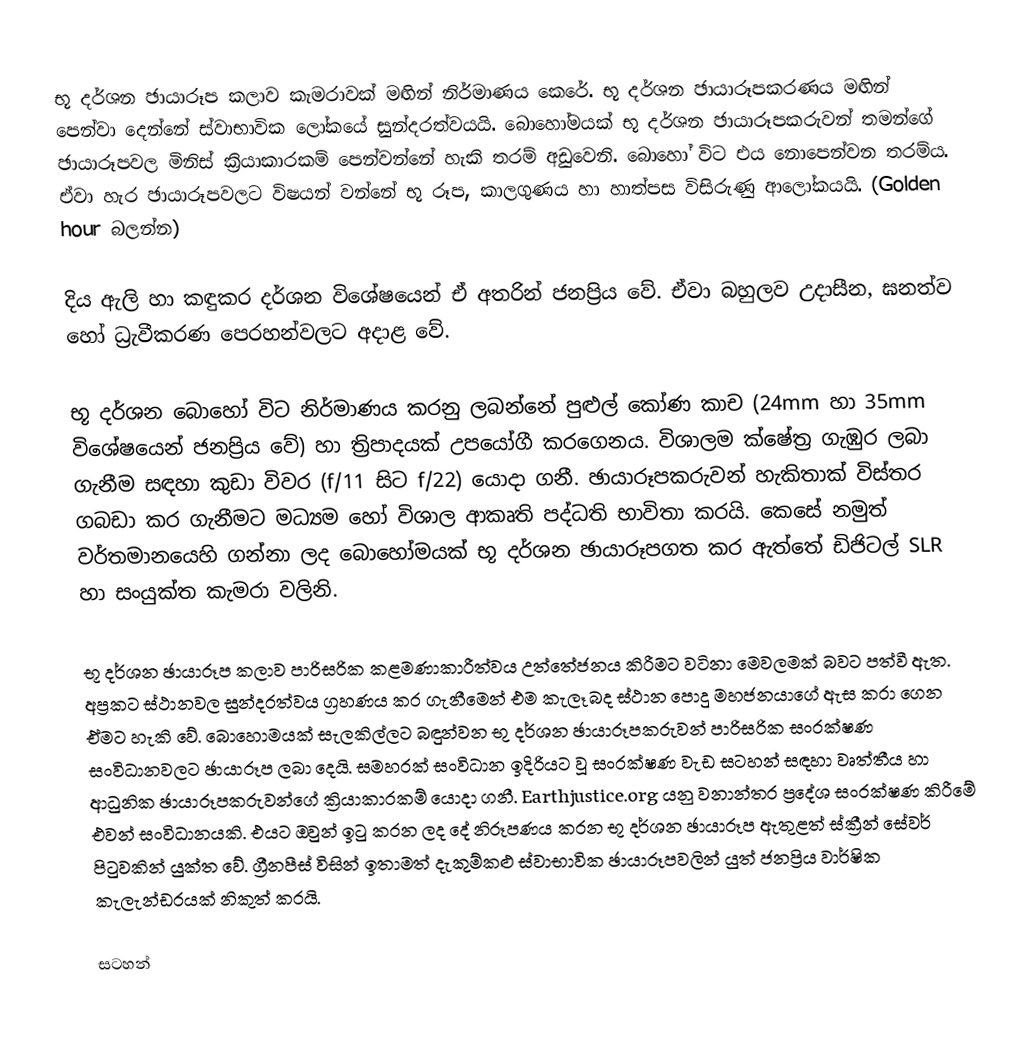
භූ දර්ශන ඡායාරූප කලාව කැමරාවක් මඟින් නිර්මාණය කෙරේ. භූ දර්ශන ඡායාරූපකරණය මඟින් පෙන්වා දෙන්නේ ස්වාභාවික ලෝකයේ සුන්දරත්වයයි. බොහෝමයක් භූ දර්ශන ඡායාරූපකරුවන් තමන්ගේ ඡායාරූපවල මිනිස් ක්‍රියාකාරකම් පෙන්වන්නේ හැකි තරම් අඩුවෙනි. බොහෝ විට එය නොපෙන්වන තරම්ය. ඒවා හැර ඡායාරූපවලට විෂයන් වන්නේ භූ රූප, කාලගුණය හා හාත්පස විසිරුණු ආලෝකයයි. (Golden hour බලන්න)

දිය ඇලි හා කඳුකර දර්ශන විශේෂයෙන්  ඒ අතරින් ජනප්‍රිය වේ. ඒවා බහුලව උදාසීන, ඝනත්ව හෝ ධ්‍රැවීකරණ පෙරහන්වලට අදාළ වේ.

භූ දර්ශන බොහෝ විට නිර්මාණය කරනු ලබන්නේ පුළුල් කෝණ කාච (24mm හා 35mm විශේෂයෙන් ජනප්‍රිය වේ) හා ත්‍රිපාදයක් උපයෝගී කරගෙනය. විශාලම ක්ෂේත්‍ර ගැඹුර ලබා ගැනීම සඳහා කුඩා විවර (f/11 සිට f/22) යොදා ගනී. ඡායාරූපකරුවන් හැකිතාක් විස්තර ගබඩා කර ගැනීමට මධ්‍යම හෝ විශාල ආකෘති පද්ධති භාවිතා කරයි. කෙසේ නමුත් වර්තමානයෙහි ගන්නා ලද බොහෝමයක් භූ දර්ශන ඡායාරූපගත කර ඇත්තේ ඩිජිටල් SLR හා සංයුක්ත කැමරා වලිනි.

භූ දර්ශන ඡායාරූප කලාව පාරිසරික කළමණාකාරීත්වය උත්තේජනය කිරීමට වටිනා මෙවලමක් බවට පත්වී ඇත. අප්‍රකට ස්ථානවල සුන්දරත්වය ග්‍රහණය කර ගැනීමෙන් එම කැලෑබද ස්ථාන පොදු මහජනයාගේ ඇස කරා ගෙන ඒමට හැකි වේ. බොහොමයක් සැලකිල්ලට බඳුන්වන භු දර්ශන ඡායාරූපකරුවන් පාරිසරික සංරක්ෂණ සංවිධානවලට ඡායාරූප ලබා දෙයි. සමහරක් සංවිධාන ඉදිරියට වූ සංරක්ෂණ වැඩ සටහන් සඳහා වෘත්තීය හා ආධුනික ඡායාරූපකරුවන්ගේ ක්‍රියාකාරකම් යොදා ගනී. Earthjustice.org යනු වනාන්තර ප්‍රදේශ සංරක්ෂණ කිරීමේ එවන් සංවිධානයකි. එයට ඔවුන් ඉටු කරන ලද දේ නිරූපණය කරන භූ දර්ශන ඡායාරූප ඇතුළත් ස්ක්‍රීන් සේවර් පිටුවකින් යුක්ත වේ. ග්‍රීනපීස් විසින් ඉතාමත් දැකුම්කළු ස්වාභාවික ඡායාරූපවලින් යුත් ජනප්‍රිය වාර්ෂික කැලැන්ඩරයක් නිකුත් කරයි.

සටහන්